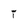
Character: T